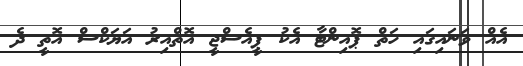
އެއް ވަނައިގައި ހަތް ޕޮއިންޓާ އެކު ޕީއެސްޖީ އޮތްއިރު އަޔަކްސް އޮތީ ދެ